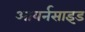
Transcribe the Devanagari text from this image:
आयर्नसाइड